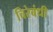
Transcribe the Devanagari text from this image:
चिरेबंधी